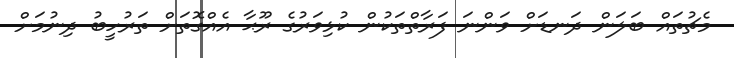
މެޗުތައް ބަލަން ދަނޑަށް ވަންނަ ފަރާތްތަކުން ކުޅިވަރުގެ ރޫޙާ އެއްގޮތަށް ތަރުހީބު ދިނުމަށް